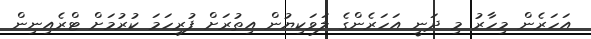
އަހަރެން މިހާރު މި ދަނީ އަހަރެންގެ ލަވަކިޔުން އިތުރަށް ފުރިހަމަ ކުރުމަށް ޓްރެއިނިން